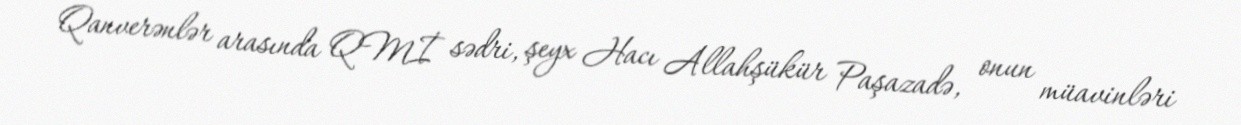
Qanverənlər arasında QMİ sədri, şeyx Hacı Allahşükür Paşazadə, onun müavinləri